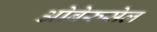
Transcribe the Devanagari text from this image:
ओबेरुसेल